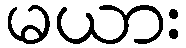
မယား